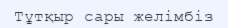
Тұтқыр сары желімбіз